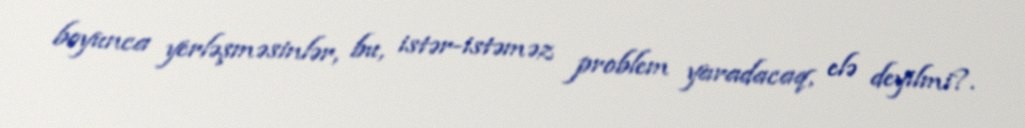
boyunca yerləşməsinlər, bu, istər-istəməz problem yaradacaq, elə deyilmi?.